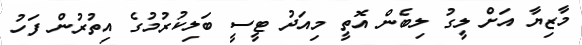
މާޒިޔާ އަށް ލީގު ލިބެން އޮތީ މިއަދު ޓީސީ ބަލިކުރުމުގެ އިތުރުން ފަހު